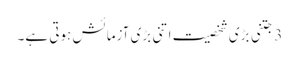
3 جتنی بڑی شخصیت اتنی بڑی آزمائش ہوتی ہے۔